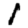
Digit: 1